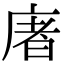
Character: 𢉜